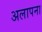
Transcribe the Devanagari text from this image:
अलापना